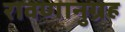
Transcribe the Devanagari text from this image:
रावणानुग्रह